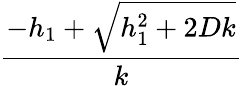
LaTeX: \frac{-h_{1}+\sqrt{h_{1}^{2}+2Dk}}{k}